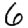
Digit: 6